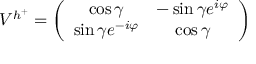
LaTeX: { \cal V } ^ { h ^ { + } } = \left( \begin{array} { c c } { { \cos \gamma } } & { { - \sin \gamma e ^ { i \varphi } } } \\ { { \sin \gamma e ^ { - i \varphi } } } & { { \cos \gamma } } \end{array} \right)